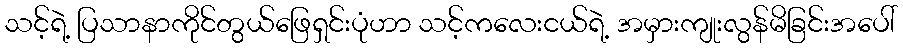
သင့်ရဲ့ ပြသာနာကိုင်တွယ်ဖြေရှင်းပုံဟာ သင့်ကလေးငယ်ရဲ့ အမှားကျုးလွန်မိခြင်းအပေါ်